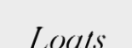
Loats